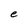
Character: e